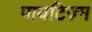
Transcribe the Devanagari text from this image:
पायटिज़्म